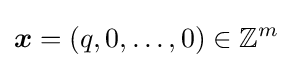
{\boldsymbol {x}}=(q,0,\ldots ,0)\in \mathbb {Z} ^{m}